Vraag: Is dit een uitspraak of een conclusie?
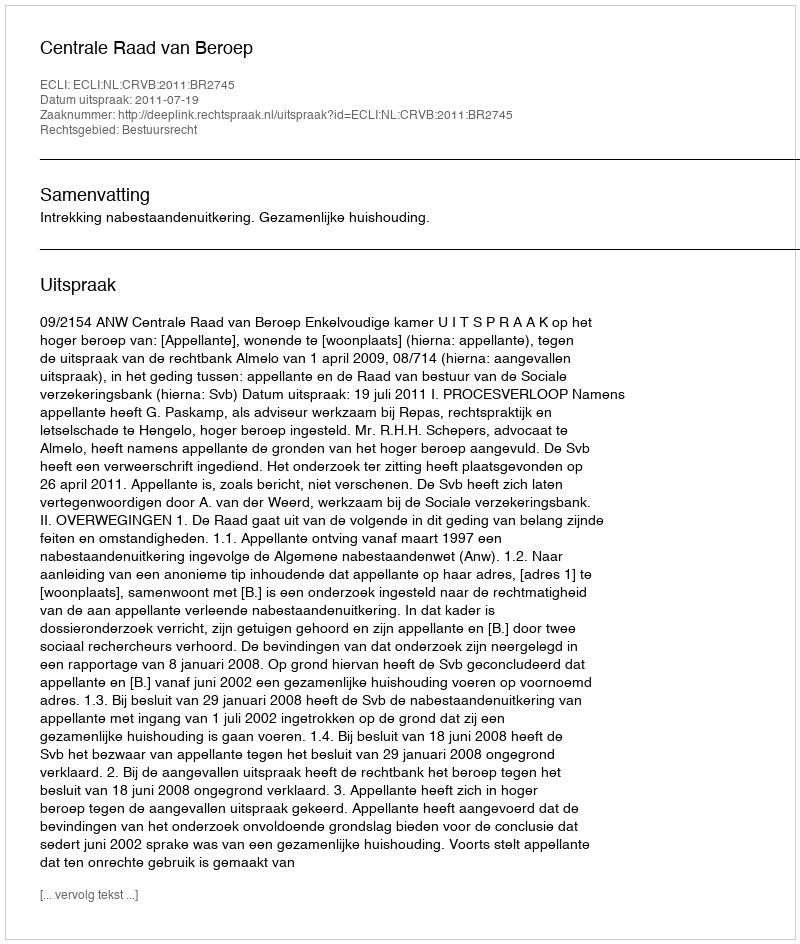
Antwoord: Uitspraak